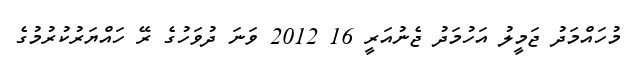
މުހައްމަދު ޖަމީލު އަހުމަދު ޖެނުއަރީ 16 2012 ވަނަ ދުވަހުގެ ރޭ ހައްޔަރުކުރުމުގެ